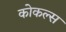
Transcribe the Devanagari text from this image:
कोकल्स